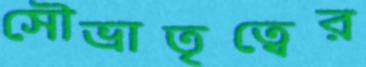
সৌভ্রাতৃত্বের